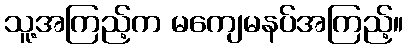
သူ့အကြည့်က မကျေမနပ်အကြည့်။